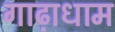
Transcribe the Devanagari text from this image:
गाढ़ाधाम